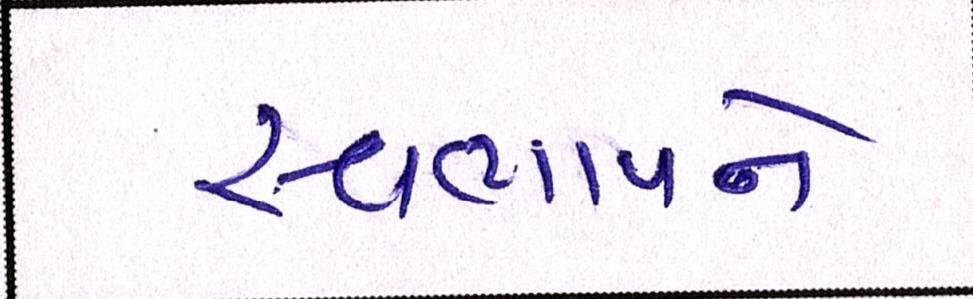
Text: સ્વભાવને